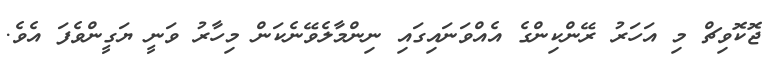
ޖޮކޮވިޗް މި އަހަރު ރޭންކިންގެ އެއްވަނައިގައި ނިންމާލެވޭނެކަން މިހާރު ވަނީ ޔަގީންވެފަ އެވެ.